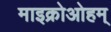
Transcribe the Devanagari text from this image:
माइक्रोओहम्‌